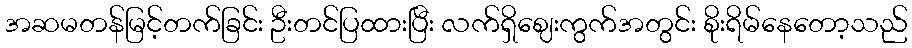
အဆမတန်မြင့်တက်ခြင်း ဦးတင်ပြထားပြီး လက်ရှိဈေးကွက်အတွင်း စိုးရိမ်နေတော့သည်